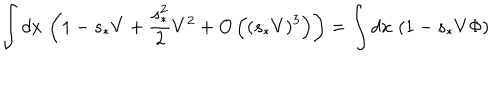
\int d x \, \left( 1 - s _ { \ast } V + \frac { s _ { \ast } ^ { 2 } } { 2 } V ^ { 2 } + O \left( \left( s _ { \ast } V \right) ^ { 3 } \right) \right) = \int d x \, \left( 1 - s _ { \ast } V \Phi \right)